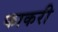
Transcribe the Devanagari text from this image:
फाकरी